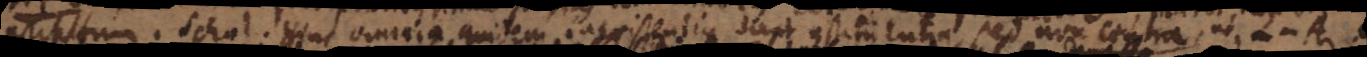
m. S. Hinc omnia quidem inexistentia sunt constituentia, sed non contra, ut L